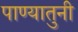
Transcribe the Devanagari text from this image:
पाण्यातुनी